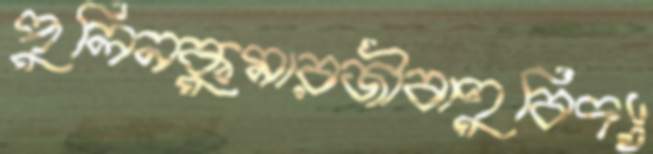
পুলিনকুমারজীবাণুবিদ্যা